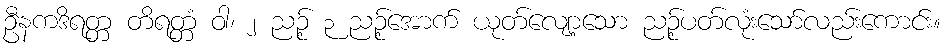
ဦနကဒိရတ္တ တိရတ္တံ ဝါ၊ ၂ ညဉ့် ၃ ညဉ့်အောက် ယုတ်လျော့သော ညဉ့်ပတ်လုံးသော်လည်းကောင်း။